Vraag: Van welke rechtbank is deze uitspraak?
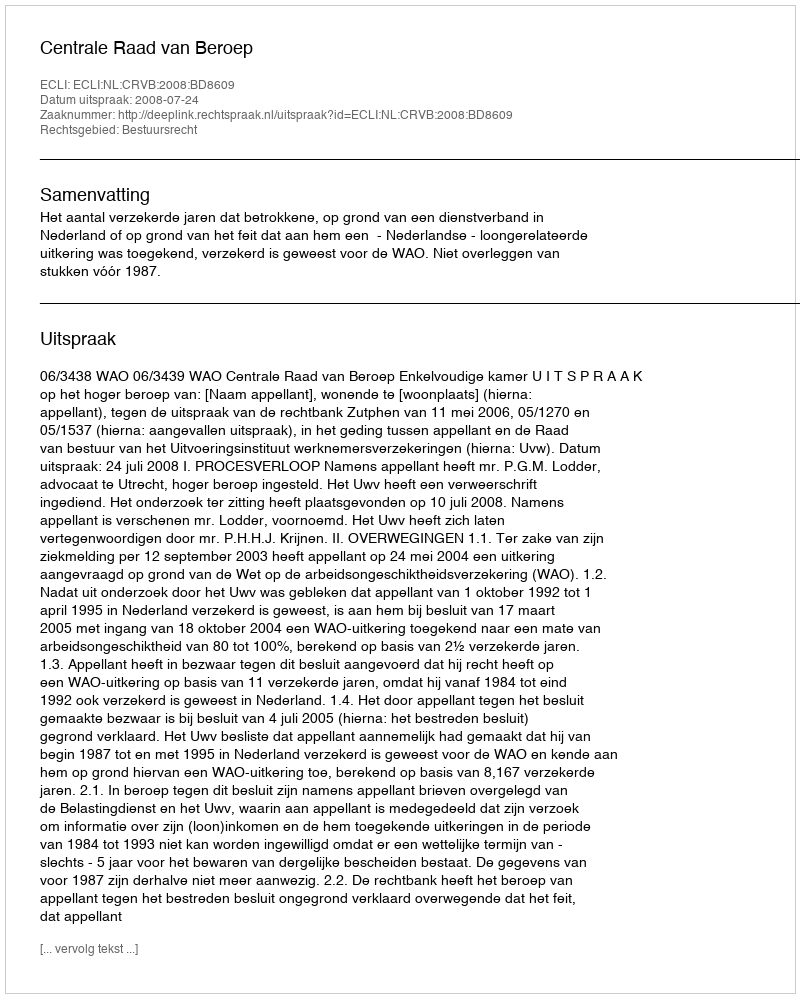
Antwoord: Centrale Raad van Beroep